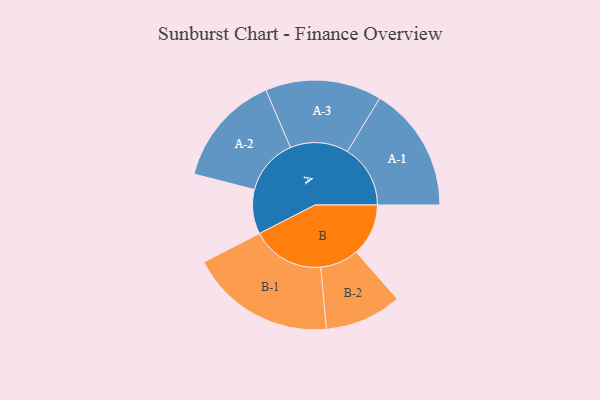
{"axis": {"x": "Segment", "y": "Value"}, "legend": ["", "A", "B"], "data": [{"x": "A", "y": 178, "type": ""}, {"x": "B", "y": 209, "type": ""}, {"x": "A-1", "y": 252, "type": "A"}, {"x": "A-2", "y": 225, "type": "A"}, {"x": "A-3", "y": 233, "type": "A"}, {"x": "B-1", "y": 292, "type": "B"}, {"x": "B-2", "y": 154, "type": "B"}]}